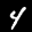
Label: 4